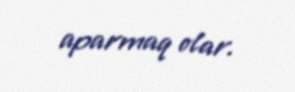
aparmaq olar.